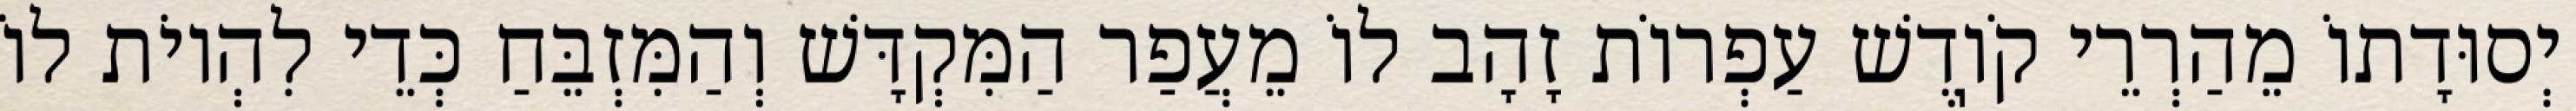
יְסוּדָתוֹ מֵהַרְרֵי קֹוֽדֶשׁ עַפְרוֹת זָהָב לוֹ מֵעֲפַר הַמִּקְדָּשׁ וְהַמִּזְבֵּחַ כְּדֵי לִהְיוֹת לוֹ